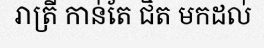
រាត្រី កាន់តែ ជិត មកដល់